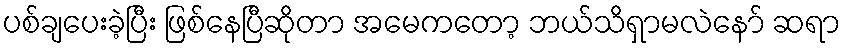
ပစ်ချပေးခဲ့ပြီး ဖြစ်နေပြီဆိုတာ အမေကတော့ ဘယ်သိရှာမလဲနော် ဆရာ